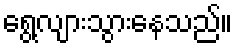
ရွေ့လျားသွားနေသည်။